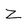
Character: Z